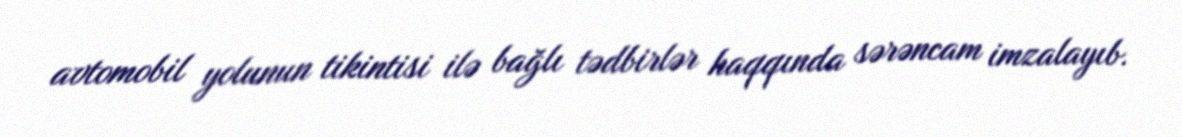
avtomobil yolunun tikintisi ilə bağlı tədbirlər haqqında sərəncam imzalayıb.